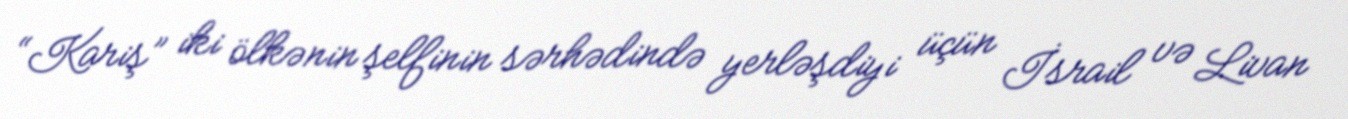
“Kariş” iki ölkənin şelfinin sərhədində yerləşdiyi üçün İsrail və Livan